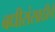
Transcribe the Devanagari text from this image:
बधीरांसाठीचे